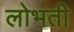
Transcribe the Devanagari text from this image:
लोभती